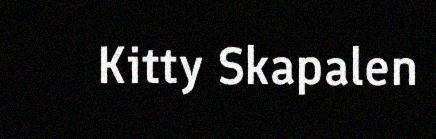
Kitty Skapalen